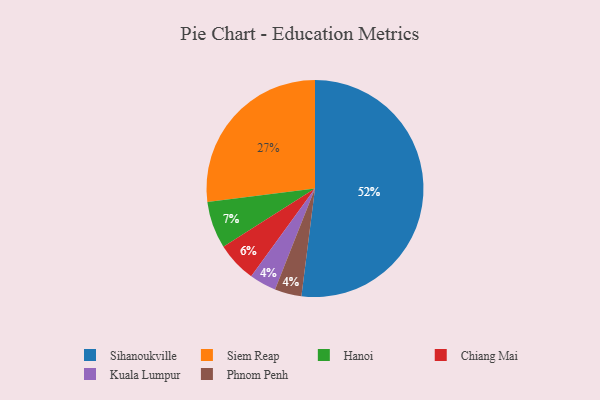
{"axis": {"x": "Category", "y": "Percentage"}, "legend": ["Chiang Mai", "Hanoi", "Kuala Lumpur", "Phnom Penh", "Siem Reap", "Sihanoukville"], "data": [{"x": "Siem Reap", "y": 27, "type": "Siem Reap"}, {"x": "Kuala Lumpur", "y": 4, "type": "Kuala Lumpur"}, {"x": "Sihanoukville", "y": 52, "type": "Sihanoukville"}, {"x": "Phnom Penh", "y": 4, "type": "Phnom Penh"}, {"x": "Hanoi", "y": 7, "type": "Hanoi"}, {"x": "Chiang Mai", "y": 6, "type": "Chiang Mai"}]}